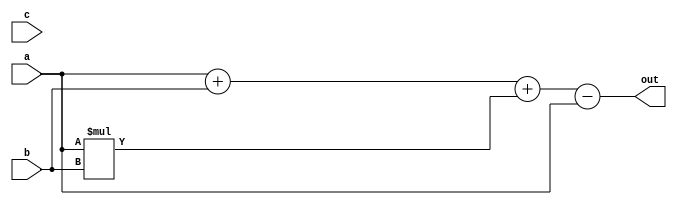
module  satsmall(input  a, input  b,
  input  c,
 
  output  out
);

   wire   out_1;
   wire   out_2;
   wire   out_3;
   
  assign out_1 = a + b;
  //assign out_2 = a - c;
  //assign out_3 = a + b;
  //assign ei = - a - b;
   wire  as = a;
   wire  bs = b;

 
  assign out = out_1+as * bs - as;
  

endmodule